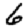
Digit: 6